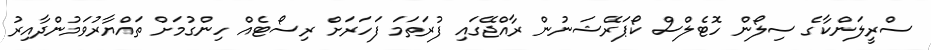
ސްރީލަންކާގެ ސިލޯން ހޮޓެލްސް ކޯޕަރޭޝަނުން ރާއްޖޭގައި ފުރަތަަމަ ފަހަރަށް ރިސޯޓެއް ހިންގުމަށް ތައްޔާރުވަމުންދާއިރު